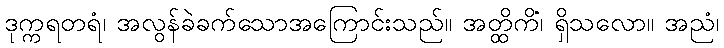
ဒုက္ကရတရံ၊ အလွန်ခဲခက်သောအကြောင်းသည်။ အတ္ထိကိံ၊ ရှိသလော။ အညံ၊